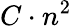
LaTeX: C\cdot n^{2}